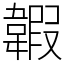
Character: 䪗